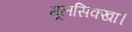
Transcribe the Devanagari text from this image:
मूलसिक्खा।